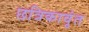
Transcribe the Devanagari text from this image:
छत्रिकावृंत